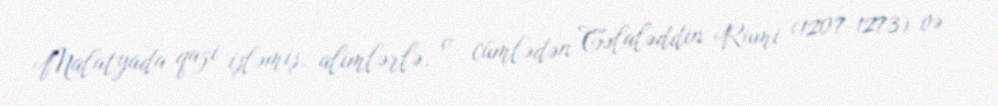
Malatyada qazi işləmiş, alimlərlə, o cümlədən Cəlaləddin Rumi (1207-1273) və